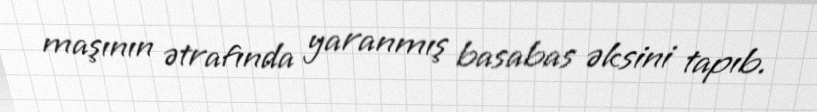
maşının ətrafında yaranmış basabas əksini tapıb.